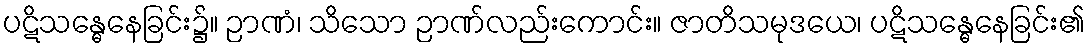
ပဋိသန္ဓေနေခြင်း၌။ ဉာဏံ၊ သိသော ဉာဏ်လည်းကောင်း။ ဇာတိသမုဒယေ၊ ပဋိသန္ဓေနေခြင်း၏